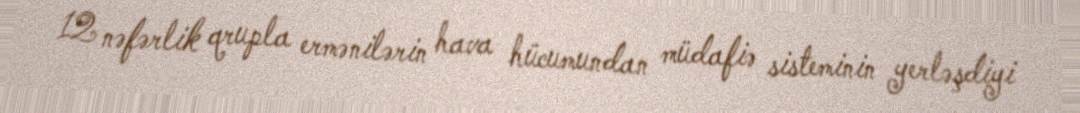
12 nəfərlik qrupla ermənilərin hava hücumundan müdafiə sisteminin yerləşdiyi